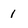
Character: 1